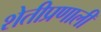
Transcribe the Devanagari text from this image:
शेतीप्रणाली